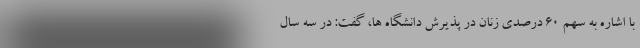
با اشاره به سهم ۶۰ درصدی زنان در پذیرش دانشگاه ها، گفت: در سه سال